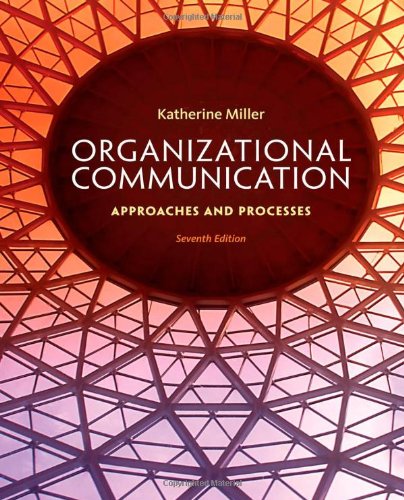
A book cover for Organizational Communication: Approaches and Processes; Katherine Miller; Humor & Entertainment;